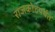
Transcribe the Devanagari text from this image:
राजकोटपर्यंत